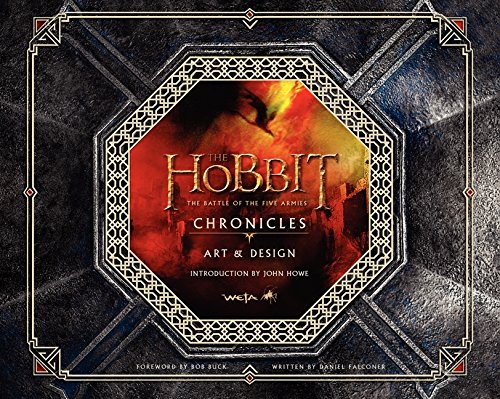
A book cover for The Hobbit: The Battle of the Five Armies Chronicles: Art & Design; Weta; Arts & Photography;